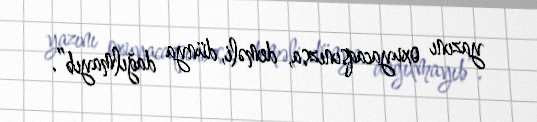
yazını oxuyacaqsınızsa, deməli, dünya dağılmayıb”.